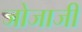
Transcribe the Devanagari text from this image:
जोजाजी